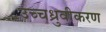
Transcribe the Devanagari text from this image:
उच्चध्रुवीकरण